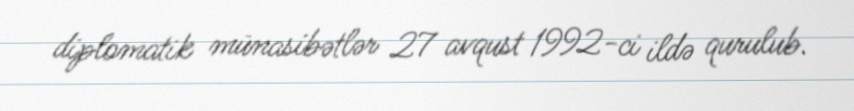
diplomatik münasibətlər 27 avqust 1992-ci ildə qurulub.